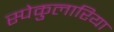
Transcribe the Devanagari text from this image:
स्पेकुलारिया